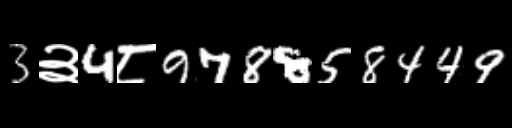
Text: 3३4८978858449